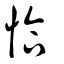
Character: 恰